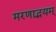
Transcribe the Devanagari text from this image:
मरणाद्भयम्